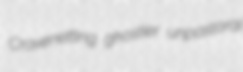
Cravenetting ghostier unpastoral